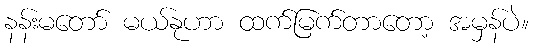
နန်းမတော် မယ်နုဟာ ထက်မြက်တာတော့ အမှန်ပဲ။